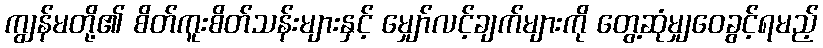
ကျွန်မတို့၏ စိတ်ကူးစိတ်သန်းများနှင့် မျှော်လင့်ချက်များကို တွေ့ဆုံမျှဝေခွင့်ရမည့်